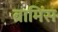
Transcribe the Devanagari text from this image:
ब्रामिंस